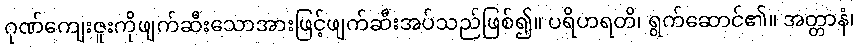
ဂုဏ်ကျေးဇူးကိုဖျက်ဆီးသောအားဖြင့်ဖျက်ဆီးအပ်သည်ဖြစ်၍။ ပရိဟရတိ၊ ရွက်ဆောင်၏။ အတ္တာနံ၊